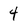
Character: 4